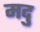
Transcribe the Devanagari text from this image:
मदु